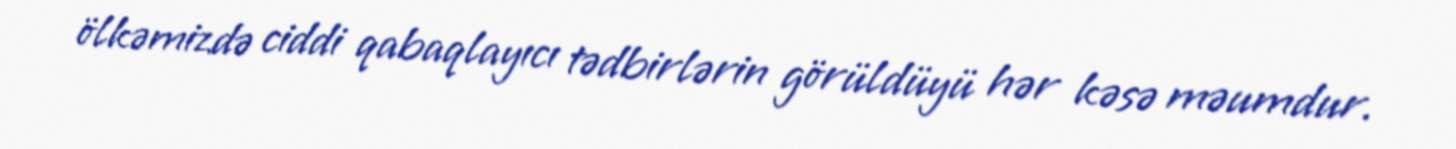
ölkəmizdə ciddi qabaqlayıcı tədbirlərin görüldüyü hər kəsə məumdur.